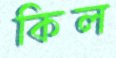
কিল